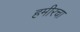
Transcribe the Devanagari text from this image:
हमीरचा